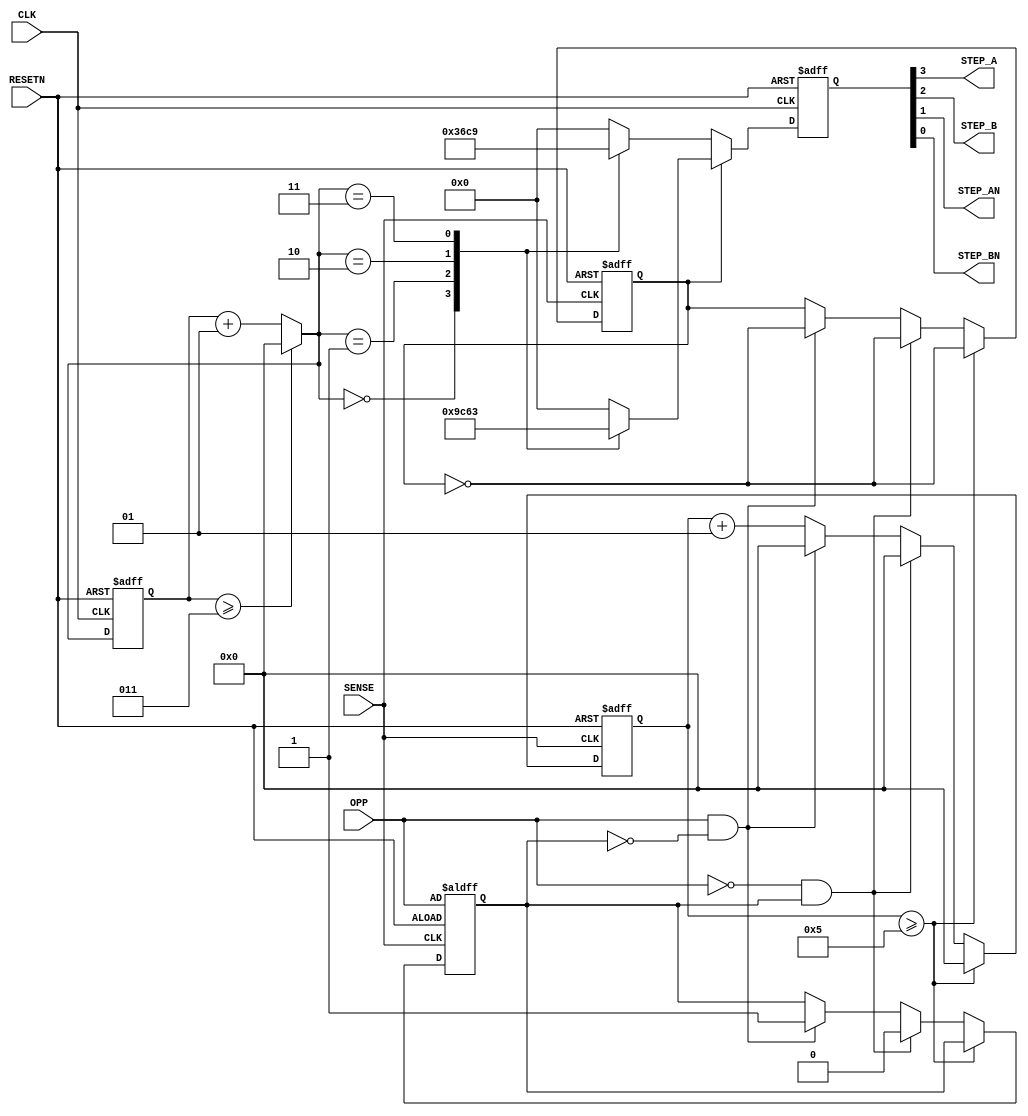
module step(
input RESETN, CLK, SENSE, 
input OPP, // 
output STEP_A, STEP_B,
output STEP_AN, STEP_BN
);

reg [3:0] BUFF;
integer CNT;
integer CNT_SENSE;
reg DIRECTION;
reg STATE; //  

always @(posedge SENSE or negedge RESETN) //magnetic pin
begin
  if (!RESETN)
    begin
      CNT_SENSE = 0;
      DIRECTION = 1'b0;
      STATE = OPP; // 
    end
  else
    begin
       if (CNT_SENSE >= 5)
//5   
         begin
           CNT_SENSE = 0;
          DIRECTION = ~DIRECTION;
         end
      else if(OPP==0 && STATE==1) 
//  
      begin
      CNT_SENSE = 0;
      DIRECTION = ~DIRECTION;
      STATE=0; //  
      end
      else if(OPP==1 && STATE==0) 
//  
      begin
      CNT_SENSE = 0;
      DIRECTION = ~DIRECTION;
      STATE=1; //  
      end
       else
         CNT_SENSE = CNT_SENSE + 1;
    end
end

always @(posedge CLK or negedge RESETN) 
//   
begin
  if (!RESETN)
    begin
     BUFF = 4'b0000;
      CNT = -1; // 0 -1 
    end
  else
    begin
       if (CNT >= 3)
         CNT = 0;
       else
         CNT = CNT + 1;
       
       if (DIRECTION)
         begin
            case (CNT)
             0 : BUFF = 4'b1001;  
             1 : BUFF = 4'b1100;  
             2 : BUFF = 4'b0110;  
             3 : BUFF = 4'b0011;  
             default : BUFF = 4'b0000;
           endcase
         end
       else
         begin
            case (CNT)
             0 : BUFF = 4'b0011;  
             1 : BUFF = 4'b0110;  
             2 : BUFF = 4'b1100;  
             3 : BUFF = 4'b1001;  
             default : BUFF = 4'b0000;
           endcase
        end
    end
end

assign STEP_A = BUFF[3];
assign STEP_B = BUFF[2];
assign STEP_AN = BUFF[1];
assign STEP_BN = BUFF[0];

endmodule